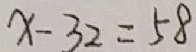
x - 3 2 = 5 8